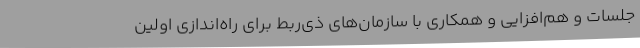
جلسات و هم‌افزایی و همکاری با سازمان‌های ذی‌ربط برای راه‌اندازی اولین